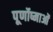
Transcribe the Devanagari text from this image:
पूर्णोष्माओं